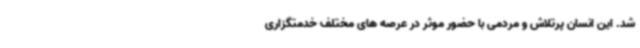
شد. این انسان پرتلاش و مردمی با حضور موثر در عرصه های مختلف خدمتگزاری